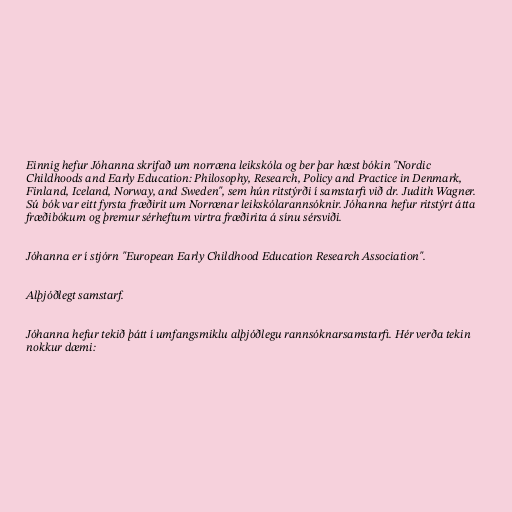
Einnig hefur Jóhanna skrifað um norræna leikskóla og ber þar hæst bókin "Nordic
Childhoods and Early Education: Philosophy, Research, Policy and Practice in Denmark,
Finland, Iceland, Norway, and Sweden", sem hún ritstýrði í samstarfi við dr. Judith Wagner.
Sú bók var eitt fyrsta fræðirit um Norrænar leikskólarannsóknir. Jóhanna hefur ritstýrt átta
fræðibókum og þremur sérheftum virtra fræðirita á sínu sérsviði.

Jóhanna er í stjórn "European Early Childhood Education Research Association".

Alþjóðlegt samstarf.

Jóhanna hefur tekið þátt í umfangsmiklu alþjóðlegu rannsóknarsamstarfi. Hér verða tekin
nokkur dæmi: